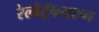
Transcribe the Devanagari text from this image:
रेल्वेट्रॅकवरुन